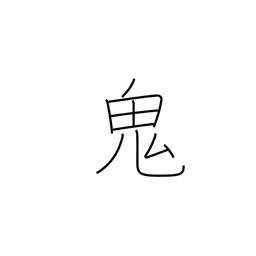
Meaning: ghost